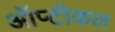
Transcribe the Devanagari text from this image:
ऑप्टीकल